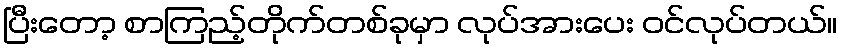
ပြီးတော့ စာကြည့်တိုက်တစ်ခုမှာ လုပ်အားပေး ဝင်လုပ်တယ်။